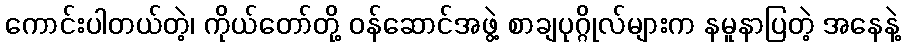
ကောင်းပါတယ်တဲ့၊ ကိုယ်တော်တို့ ဝန်ဆောင်အဖွဲ့ စာချပုဂ္ဂိုလ်များက နမူနာပြတဲ့ အနေနဲ့